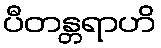
ပီတန္တရာဟိ